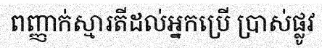
ពញ្ញាក់ស្មារតីដល់អ្នកប្រើ ប្រាស់ផ្លូវ